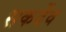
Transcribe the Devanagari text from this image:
सकर्देव